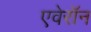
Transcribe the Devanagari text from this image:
एवेरॉन